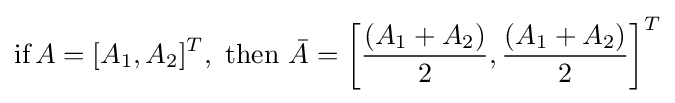
{\text{if}}\,A=[A_{1},A_{2}]^{T},{\text{ then }}{\bar {A}}=\left[{\frac {(A_{1}+A_{2})}{2}},{\frac {(A_{1}+A_{2})}{2}}\right]^{T}